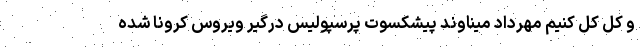
و کل کل کنیم مهرداد میناوند پیشکسوت پرسپولیس درگیر ویروس کرونا شده